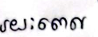
រយៈពេល